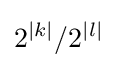
2^{|k|}/2^{|l|}